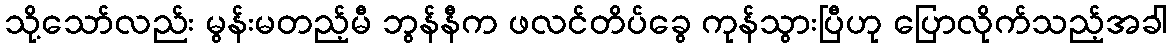
သို့သော်လည်း မွန်းမတည့်မီ ဘွန်နီက ဖလင်တိပ်ခွေ ကုန်သွားပြီဟု ပြောလိုက်သည့်အခါ